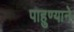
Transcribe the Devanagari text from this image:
पाहुण्याने